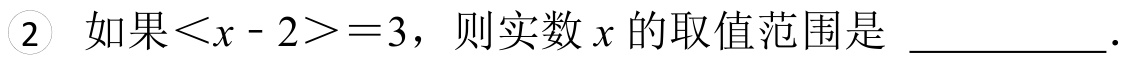
\textcircled{2} 如果\(<x - 2>=3\)，则实数 \(x\) 的取值范围是 \_\_\_\_\_\_ .